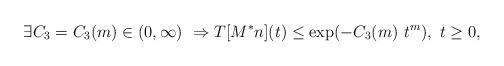
LaTeX: \begin{align*} \exists C_3 = C_3(m) \in (0,\infty) \ \Rightarrow T[M^*n](t) \le \exp(- C_3(m) \ t^m), \ t \ge 0,\end{align*}